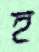
হ